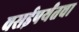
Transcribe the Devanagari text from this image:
वसईपर्यंतचा